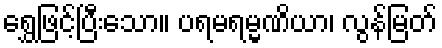
ရွှေဖြင့်ပြီးသော။ ပရမရမ္မဏိယာ၊ လွန်မြတ်